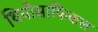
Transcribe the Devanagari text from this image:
थियोसाफिकल